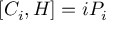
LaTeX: [ C _ { i } , H ] = i P _ { i } \,